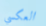
العكسي